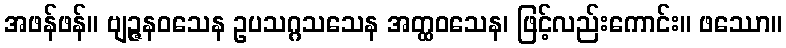
အဖန်ဖန်။ ဗျဉ္ဇနဝသေန ဥပသဂ္ဂသသေန အတ္ထဝသေန၊ ဖြင့်လည်းကောင်း။ ဖဿော။